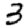
Digit: 3